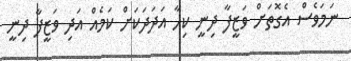
ނަމަވެސް އެގޮތަށް ވަޒީފާ ދިނީ ކިހާ އަދަދަކަށް ކަމެއް އަދި ވަޒީފާ ދިނީ